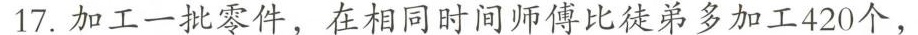
17.加工一批零件，在相同时间师傅比徒弟多加工420个，